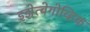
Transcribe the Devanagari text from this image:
इझेत्बेगोव्हिक